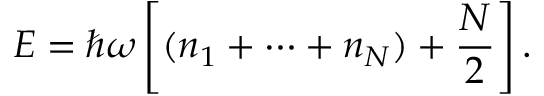
E = \hbar \omega \left[ ( n _ { 1 } + \cdots + n _ { N } ) + { \frac { N } { 2 } } \right] .